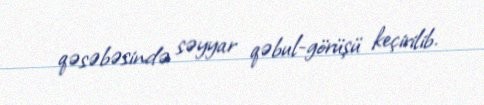
qəsəbəsində səyyar qəbul-görüşü keçirilib.